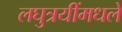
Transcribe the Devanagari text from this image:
लघुत्रयींमधले